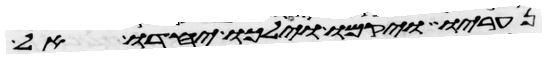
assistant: נעריו ויקמו וילכו יחדו אל